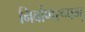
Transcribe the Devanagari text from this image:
निर्वाणरूपम्